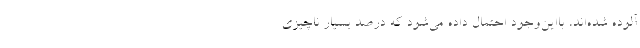
آلوده‌ شده‌اند، بااین‌وجود احتمال داده می‌شود که درصد بسیار ناچیزی